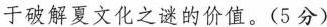
于破解夏文化之谜的价值。(5 分)